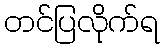
တင်ပြလိုက်ရ